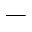
\_